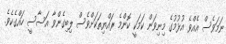
ނަމަވެސް އެއްވެ އުޅުމުގެ މިނިވަން ކަމަކީ ކޮންމެ ރައްޔިތަކަށްވެސް ލިބިގެންވާ އަސާސީ ހައްގެކެވެ.